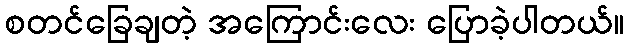
စတင်ခြေချတဲ့ အကြောင်းလေး ပြောခဲ့ပါတယ်။